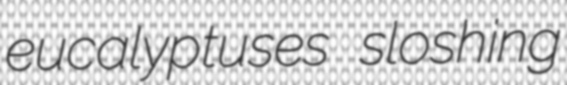
eucalyptuses sloshing